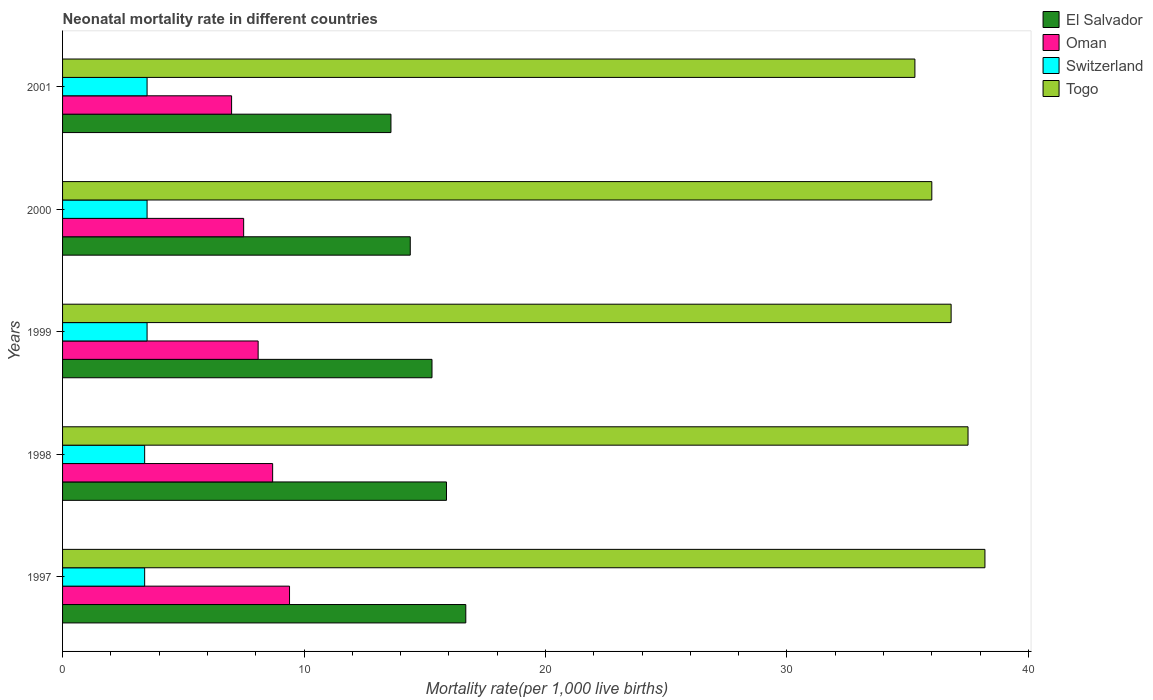
| Years | El Salvador | Oman | Switzerland | Togo |
 | --- | --- | --- | --- | --- |
 | 1997 | 16.7 | 9.4 | 3.4 | 38.2 |
 | 1998 | 15.9 | 8.7 | 3.4 | 37.5 |
 | 1999 | 15.3 | 8.1 | 3.5 | 36.8 |
 | 2000 | 14.4 | 7.5 | 3.5 | 36 |
 | 2001 | 13.6 | 7 | 3.5 | 35.3 |